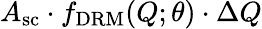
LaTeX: A_{\mathrm{sc}}\cdot f_{\mathrm{DRM}}(Q;\theta)\cdot\Delta Q